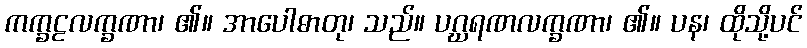
ကက္ခဠလက္ခဏာ၊ ၏။ အာပေါဓာတု၊ သည်။ ပဂ္ဃရဏလက္ခဏာ၊ ၏။ ပန၊ ထိုသို့ပင်